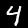
Digit: 4